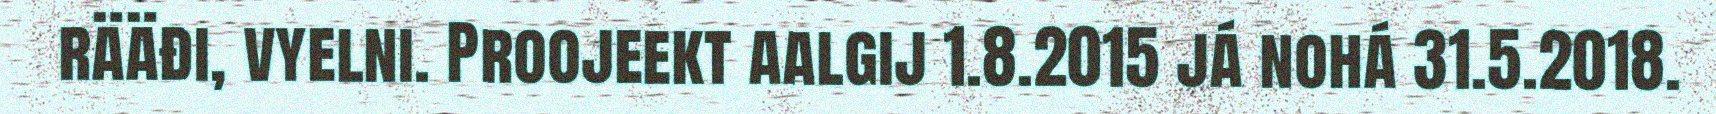
rääđi, vyelni. Proojeekt aalgij 1.8.2015 já nohá 31.5.2018.